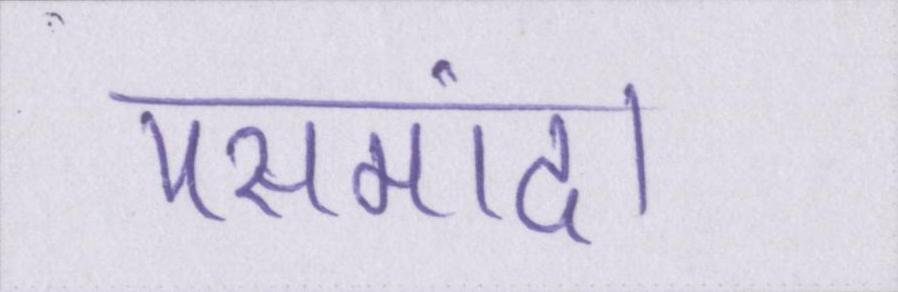
पसमांदा